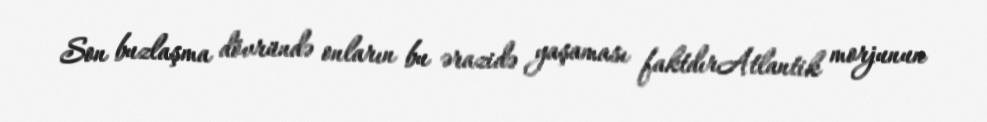
Son buzlaşma dövründə onların bu ərazidə yaşaması faktdırAtlantik morjunun